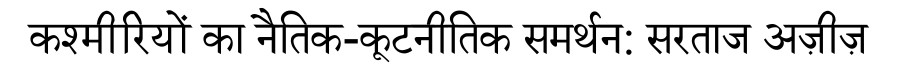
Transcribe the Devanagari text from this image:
कश्मीरियों का नैतिक-कूटनीतिक समर्थन: सरताज अज़ीज़